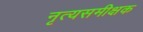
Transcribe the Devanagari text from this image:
नृत्यसमीक्षक